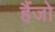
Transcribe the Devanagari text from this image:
हैंजो